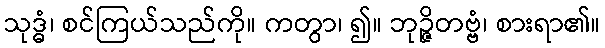
သုဒ္ဓံ၊ စင်ကြယ်သည်ကို။ ကတွာ၊ ၍။ ဘုဉ္ဇိတဗ္ဗံ၊ စားရာ၏။